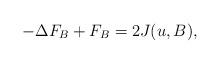
LaTeX: \begin{align*}-\Delta F_{B} + F_{B} = 2J(u, B),\end{align*}